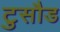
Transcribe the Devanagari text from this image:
टुसौड